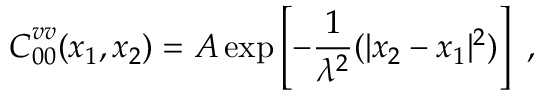
\boldsymbol { C } _ { 0 0 } ^ { v v } ( \boldsymbol { x } _ { 1 } , \boldsymbol { x } _ { 2 } ) = A \exp \left[ - \frac { 1 } { \lambda ^ { 2 } } ( | \boldsymbol { x } _ { 2 } - \boldsymbol { x } _ { 1 } | ^ { 2 } ) \right] \mathrm { ~ , ~ }